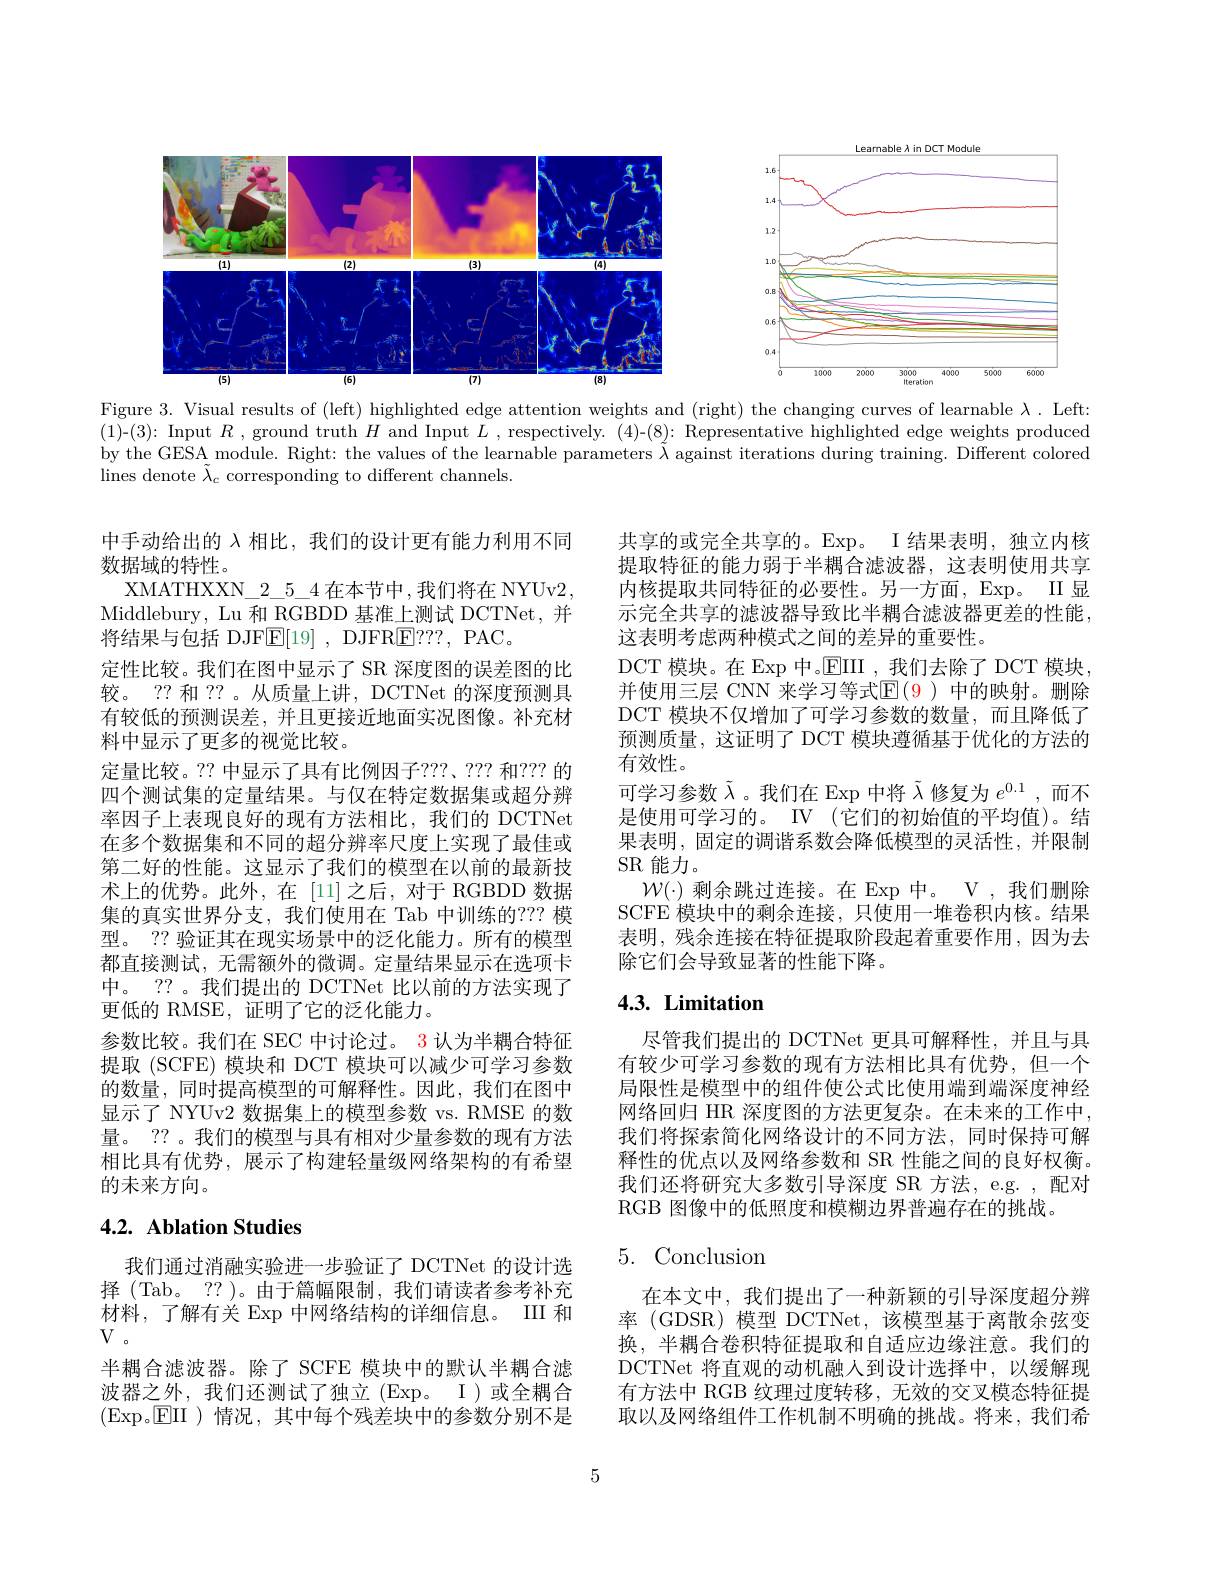
<FigureHere>

<FigureHere>

Figure 3. Visual results of (left) highlighted edge attention weights and (right) the changing curves of learnable $\lambda.$ Left: (1)-(3): Input $R$ ,ground truth $H$ and Input $L$ , respectively. (4)-(8): Representative highlighted edge weights produced by the GESA module. Right: the values of the learnable parameters $\tilde{\lambda}$ against iterations during training. Different colored lines denote $\tilde{\lambda}_c$ corresponding to different channels.

共享的或完全共享的。Exp。I 结果表明，独立内核提取特征的能力弱于半耦合滤波器，这表明使用共享内核提取共同特征的必要性。另一方面，Exp。II 显示完全共享的滤波器导致比半耦合滤波器更差的性能， 这表明考虑两种模式之间的差异的重要性。
DCT 模块。在 Exp 中。$\operatorname{EIII}$ ,我们去除了 DCT 模块， 并使用三层 CNN 来学习等式$\mathbb{E}(\color{red}9)$ 中的映射。删除DCT 模块不仅增加了可学习参数的数量，而且降低了预测质量，这证明了 DCT 模块遵循基于优化的方法的有效性。
可学习参数$\tilde{\lambda}$。我们在 Exp 中将$\tilde{\lambda}$修复为$e^0.1$,而不是使用可学习的。IV (它们的初始值的平均值)。结果表明，固定的调谐系数会降低模型的灵活性，并限制SR 能力。
$\mathcal{W}(\cdot)$剩余跳过连接。在 Exp 中。V ,我们删除SCFE 模块中的剩余连接，只使用一堆卷积内核。结果表明，残余连接在特征提取阶段起着重要作用，因为去除它们会导致显著的性能下降。

中手动给出的$\lambda$相比，我们的设计更有能力利用不同
数据域的特性。
XMATHXXN\_2\_5\_4在本节中，我们将在 NYUv2, Middlebury, Lu 和 RGBDD 基准上测试 DCTNet, 并将结果与包括 DJF$\underline{\mathrm{E}}[19]$, DJFR$\underline{\mathrm{E}}???$, PAC。
定性比较。我们在图中显示了 SR 深度图的误差图的比较。?? 和 ?? 。从质量上讲，DCTNet 的深度预测具有较低的预测误差，并且更接近地面实况图像。补充材料中显示了更多的视觉比较。
定量比较。?? 中显示了具有比例因子？??、??? 和？?? 的四个测试集的定量结果。与仅在特定数据集或超分辨率因子上表现良好的现有方法相比，我们的 DCTNet 在多个数据集和不同的超分辨率尺度上实现了最佳或第二好的性能。这显示了我们的模型在以前的最新技术上的优势。此外，在[11]之后，对于 RGBDD 数据集的真实世界分支，我们使用在 Tab 中训练的？?? 模型。?? 验证其在现实场景中的泛化能力。所有的模型都直接测试，无需额外的微调。定量结果显示在选项卡中。?? 。我们提出的 DCTNet 比以前的方法实现了更低的 RMSE, 证明了它的泛化能力。
参数比较。我们在 SEC 中讨论过。3 认为半耦合特征提取 (SCFE) 模块和 DCT 模块可以减少可学习参数的数量，同时提高模型的可解释性。因此，我们在图中显示了 NYUv2 数据集上的模型参数 vs. RMSE 的数量。?? 。我们的模型与具有相对少量参数的现有方法相比具有优势，展示了构建轻量级网络架构的有希望的未来方向。

## 4.3. Limitation

尽管我们提出的 DCTNet 更具可解释性，并且与具有较少可学习参数的现有方法相比具有优势，但一个局限性是模型中的组件使公式比使用端到端深度神经网络回归 HR 深度图的方法更复杂。在未来的工作中， 我们将探索简化网络设计的不同方法，同时保持可解释性的优点以及网络参数和 SR 性能之间的良好权衡。我们还将研究大多数引导深度 SR 方法，e.g. , 配对RGB 图像中的低照度和模糊边界普遍存在的挑战。

## 4.2. Ablation Studies

# 5.Conclusion

我们通过消融实验进一步验证了 DCTNet 的设计选择 (Tab。?? )。由于篇幅限制，我们请读者参考补充材料，了解有关 Exp 中网络结构的详细信息。III 和$V$。
半耦合滤波器。除了 SCFE 模块中的默认半耦合滤波器之外，我们还测试了独立(Exp。I)或全耦合(Exp。$\boxed{\mathrm{E}}$II )情况，其中每个残差块中的参数分别不是

在本文中，我们提出了一种新颖的引导深度超分辨率 (GDSR) 模型 DCTNet,该模型基于离散余弦变换，半耦合卷积特征提取和自适应边缘注意。我们的DCTNet 将直观的动机融人到设计选择中，以缓解现有方法中 RGB 纹理过度转移，无效的交叉模态特征提取以及网络组件工作机制不明确的挑战。将来，我们希

5